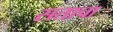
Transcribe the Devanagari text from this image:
सताचा